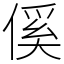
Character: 傒